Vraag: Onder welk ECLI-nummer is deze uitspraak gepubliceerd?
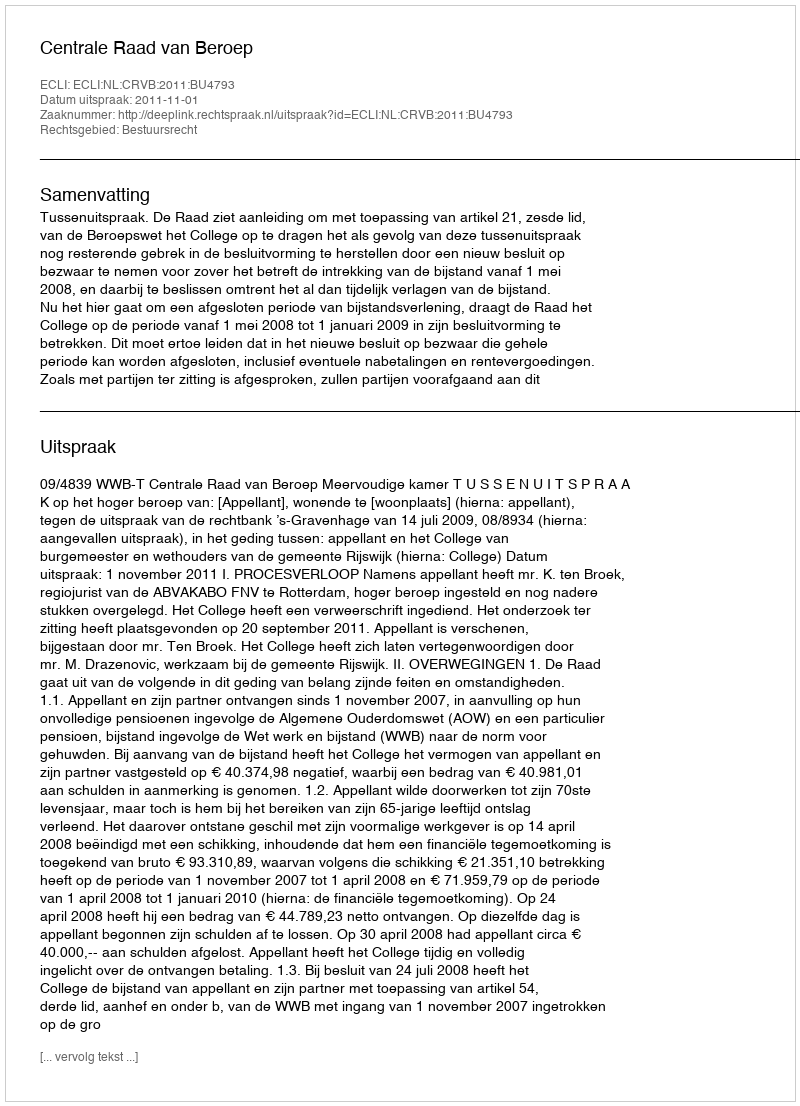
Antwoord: ECLI:NL:CRVB:2011:BU4793